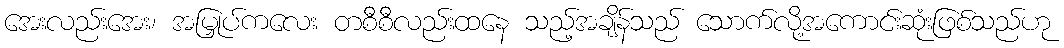
အေးလည်းအေး၊ အမြှုပ်ကလေး တစီစီလည်းထနေ သည့်အချိန်သည် သောက်လို့အကောင်းဆုံးဖြစ်သည်ဟု